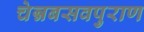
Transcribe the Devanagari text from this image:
चेन्नबसवपुराण